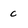
Character: c